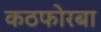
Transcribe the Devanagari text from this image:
कठफोरबा